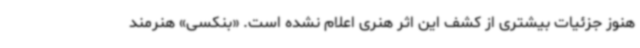
هنوز جزئیات بیشتری از کشف این اثر هنری اعلام نشده است. «بنکسی» هنرمند